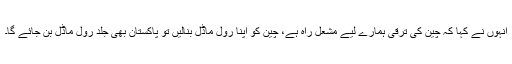
انہوں نے کہا کہ چین کی ترقی ہمارے لیے مشعل راہ ہے، چین کو اپنا رول ماڈل بنالیں تو پاکستان بھی جلد رول ماڈل بن جائے گا۔